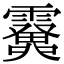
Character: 𩆫